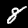
Digit: 8